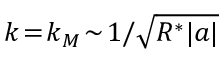
k \! = \! k _ { M } \! \sim \! 1 / \sqrt { R ^ { * } | a | }